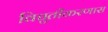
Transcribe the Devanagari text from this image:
विद्युतीकरणास